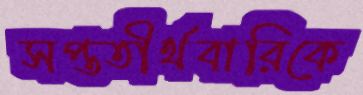
সপ্ততীর্থবারিকে